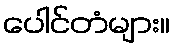
ပေါင်တံများ။